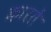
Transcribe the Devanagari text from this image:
कारतें